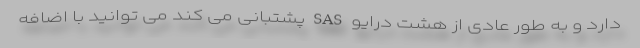
دارد و به طور عادی از هشت درایو SAS پشتبانی می کند می توانید با اضافه